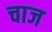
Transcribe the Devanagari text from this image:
चाज